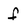
Character: f